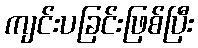
ကျင်းပခြင်းဖြစ်ပြီး